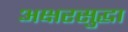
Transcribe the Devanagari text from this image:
अक्षरसुद्धा